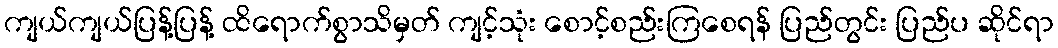
ကျယ်ကျယ်ပြန့်ပြန့် ထိရောက်စွာသိမှတ် ကျင့်သုံး စောင့်စည်းကြစေရန် ပြည်တွင်း ပြည်ပ ဆိုင်ရာ